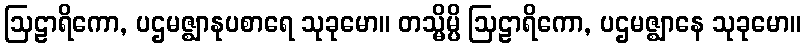
ဩဠာရိကော, ပဌမဇ္ဈာနုပစာရေ သုခုမော။ တသ္မိမ္ပိ ဩဠာရိကော, ပဌမဇ္ဈာနေ သုခုမော။